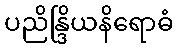
ပညိန္ဒြိယနိရောဓံ